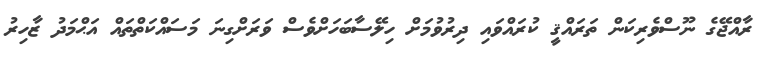
ރާއްޖޭގެ ނޫސްވެރިކަން ތަރައްޤީ ކުރައްވައި ދިރުވުމަށް ހިލޭސާބަހަށްވެސް ވަރަށްގިނަ މަސައްކަތްތައް އަޙްމަދު ޒާހިރު